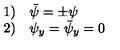
\begin{array} { l l } { 1 ) } & { \bar { \psi } = \pm \psi } \\ { 2 ) } & { \psi _ { y } = \bar { \psi } _ { y } = 0 } \\ \end{array}